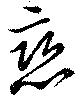
恋